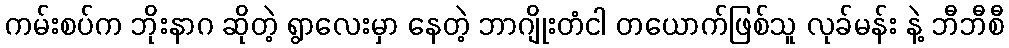
ကမ်းစပ်က ဘိုးနာဂ ဆိုတဲ့ ရွာလေးမှာ နေတဲ့ ဘာဂျိုးတံငါ တယောက်ဖြစ်သူ လုခ်မန်း နဲ့ ဘီဘီစီ